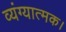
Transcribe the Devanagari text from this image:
व्यंग्यात्मक।